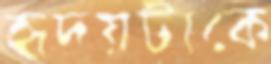
হৃদয়টাকে